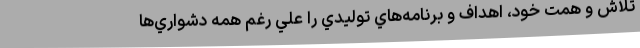
تلاش و همت خود، اهداف و برنامه‌هاي توليدي را علي رغم همه دشواري‌ها